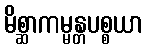
မိစ္ဆာကမ္မန္တပစ္စယာ